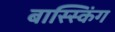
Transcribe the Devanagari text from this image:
बास्स्किंग